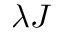
\lambda J